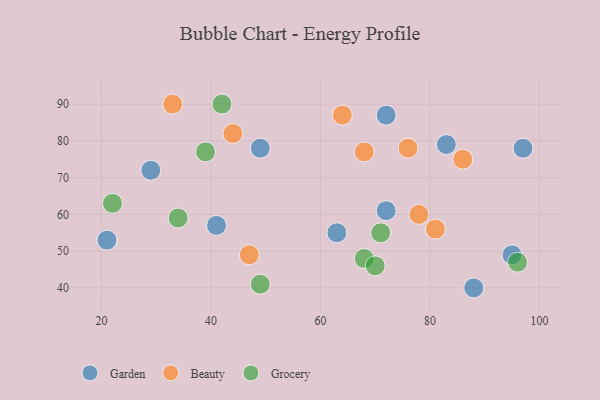
{"axis": {"x": "GDP", "y": "Life Expectancy"}, "legend": ["Beauty", "Garden", "Grocery"], "data": [{"x": "21", "y": 53, "type": "Garden"}, {"x": "72", "y": 87, "type": "Garden"}, {"x": "29", "y": 72, "type": "Garden"}, {"x": "95", "y": 49, "type": "Garden"}, {"x": "97", "y": 78, "type": "Garden"}, {"x": "49", "y": 78, "type": "Garden"}, {"x": "41", "y": 57, "type": "Garden"}, {"x": "72", "y": 61, "type": "Garden"}, {"x": "63", "y": 55, "type": "Garden"}, {"x": "83", "y": 79, "type": "Garden"}, {"x": "88", "y": 40, "type": "Garden"}, {"x": "64", "y": 87, "type": "Beauty"}, {"x": "44", "y": 82, "type": "Beauty"}, {"x": "76", "y": 78, "type": "Beauty"}, {"x": "86", "y": 75, "type": "Beauty"}, {"x": "68", "y": 77, "type": "Beauty"}, {"x": "33", "y": 90, "type": "Beauty"}, {"x": "47", "y": 49, "type": "Beauty"}, {"x": "78", "y": 60, "type": "Beauty"}, {"x": "81", "y": 56, "type": "Beauty"}, {"x": "42", "y": 90, "type": "Grocery"}, {"x": "34", "y": 59, "type": "Grocery"}, {"x": "68", "y": 48, "type": "Grocery"}, {"x": "22", "y": 63, "type": "Grocery"}, {"x": "71", "y": 55, "type": "Grocery"}, {"x": "49", "y": 41, "type": "Grocery"}, {"x": "39", "y": 77, "type": "Grocery"}, {"x": "70", "y": 46, "type": "Grocery"}, {"x": "96", "y": 47, "type": "Grocery"}]}